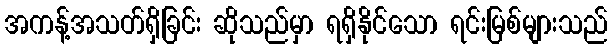
အကန့်အသတ်ရှိခြင်း ဆိုသည်မှာ ရရှိနိုင်သော ရင်းမြစ်များသည်